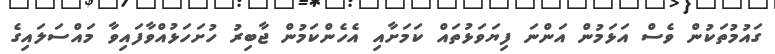
ގައުމުތަކުން ވެސް އަޅަމުން އަންނަ ފިޔަވަޅުތައް ކަމަށާއި އެހެންކަމުން ޖާބިރު ހުށަހަޅުއްވާފައިވާ މައްސަލައިގެ